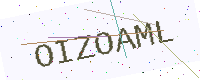
Text: OIZOAML